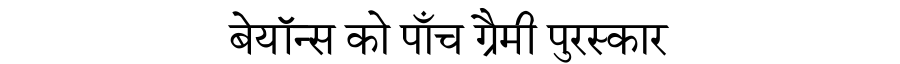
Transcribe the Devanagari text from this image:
बेयॉन्स को पाँच ग्रैमी पुरस्कार